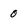
Character: 0